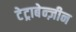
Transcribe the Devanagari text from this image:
टेट्राबेन्ज़ीन